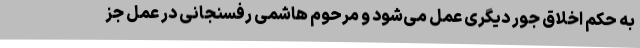
به حکم اخلاق جور دیگری عمل می‌شود و مرحوم هاشمی رفسنجانی در عمل جز